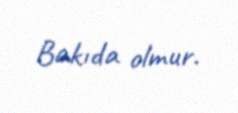
Bakıda olmur.